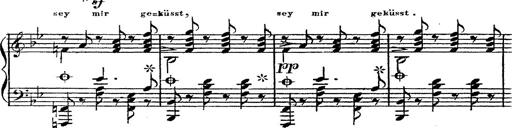
Title: 12 Lieder von Franz Schubert
Composer: Franz Liszt